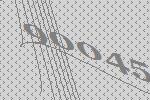
90045